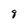
Character: 8